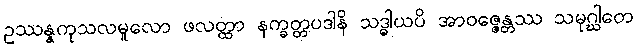
ဥဿန္နကုသလမူလော ဖလတ္ထာ နက္ခတ္တပဒါနိ သဒ္ဓါယပိ အာဝဇ္ဇေန္တဿ သမုဂ္ဃါတေ